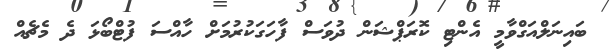
ބައިނަލްއަގްވާމީ އެންޓި ކޮރަޕްޝަން ދުވަސް ފާހަގަކުރުމަށް ހާއްސަ ފުޓްބޯޅަ ދެ މެޗެއް